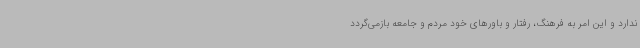
ندارد و این امر به فرهنگ، رفتار و باورهای خود مردم و جامعه بازمی‌گردد